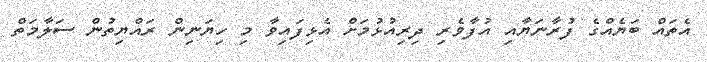
އެތައް ބަޔެއްގެ ފުރާނަޔާއި އުފާވެރި ދިރިއުޅުމަށް އެޅިފައިވާ މި ހިޔަނިން ރައްޔިތުން ސަލާމަތް